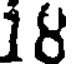
18